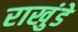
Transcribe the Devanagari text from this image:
राखुंडे